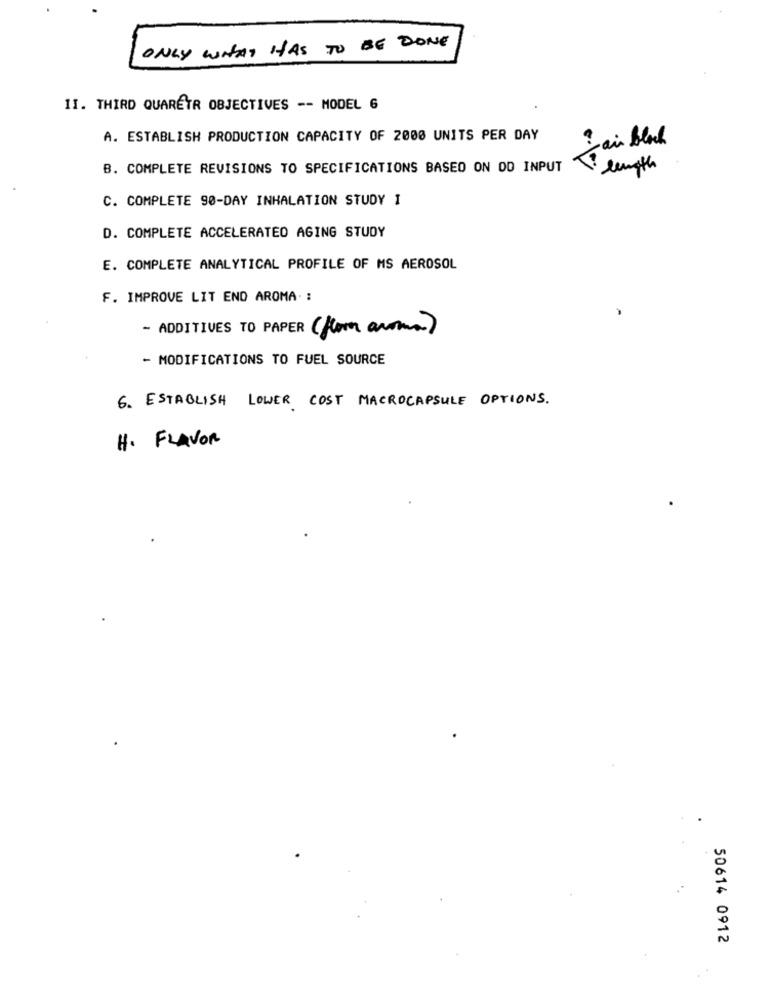
ONLY WHAT HAS TO BE DONE
II. THIRD QUARÉTR OBJECTIVES -- MODEL 6
A. ESTABLISH PRODUCTION CAPACITY OF 2000 UNITS PER DAY
jain Black
B. COMPLETE REVISIONS TO SPECIFICATIONS BASED ON OD INPUT
Ti length
C. COMPLETE 90-DAY INHALATION STUDY I
D. COMPLETE ACCELERATED AGING STUDY
E. COMPLETE ANALYTICAL PROFILE OF MS AEROSOL
F. IMPROVE LIT END AROMA. :
- ADDITIVES TO PAPER (from aroma)
- MODIFICATIONS TO FUEL SOURCE
6. ESTABLISH LOWER COST MACROCAPSULE OPTIONS.
H. FLAVOR
50614 0912